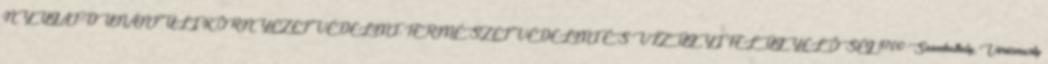
NYUGAT-DUNÁNTÚLI KÖRNYEZETVÉDELMI, TERMÉSZETVÉDELMI ÉS VÍZÜGYI FELÜGYELŐSÉG 9700 Szombathely, Vörösmarty